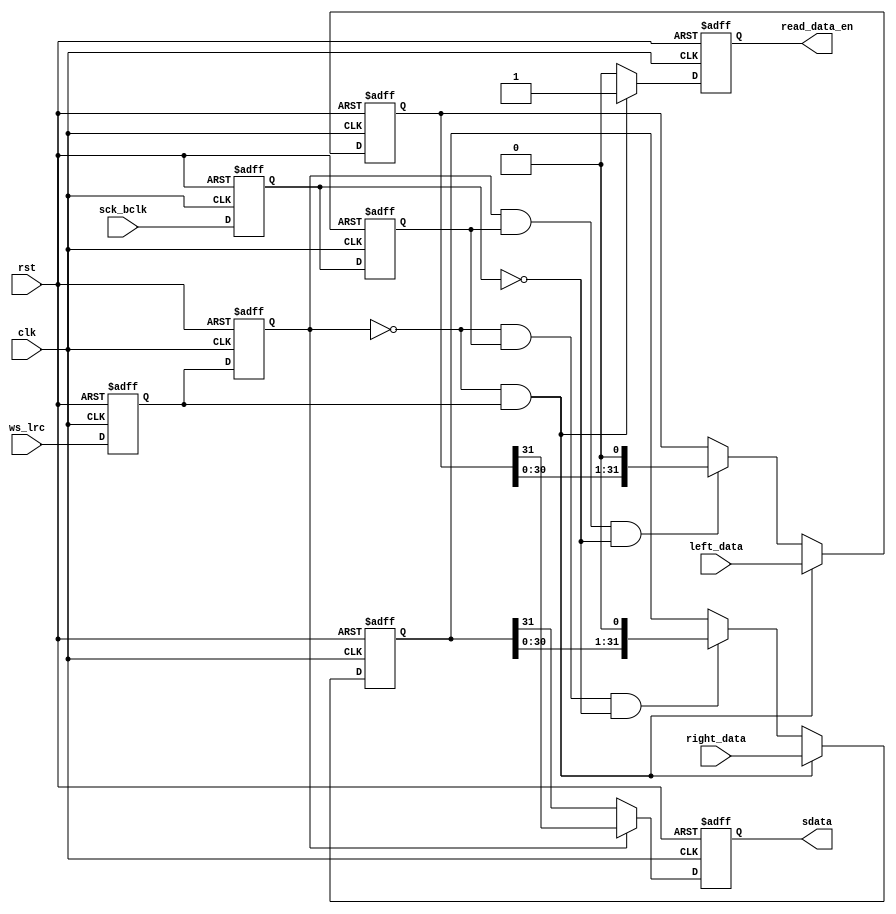
//////////////////////////////////////////////////////////////////////////////////
//                                                                              //
//                                                                              //
//          msq@qq.com                                                          //
//          ALINX(shanghai) Technology Co.,Ltd                                  //
//          heijin                                                              //
//     WEB: http://www.alinx.cn/                                                //
//     BBS: http://www.heijin.org/                                              //
//                                                                              //
//////////////////////////////////////////////////////////////////////////////////
//                                                                              //
// Copyright (c) 2017,ALINX(shanghai) Technology Co.,Ltd                        //
//                    All rights reserved                                       //
//                                                                              //
// This source file may be used and distributed without restriction provided    //
// that this copyright statement is not removed from the file and that any      //
// derivative work contains the original copyright notice and the associated    //
// disclaimer.                                                                  //
//                                                                              //
//////////////////////////////////////////////////////////////////////////////////

//================================================================================
//  Revision History:
//  Date          By            Revision    Change Description
//--------------------------------------------------------------------------------
//  2017/7/12     meisq          1.0         Original
//*******************************************************************************/
`timescale 1ns/1ps
module audio_tx
(
	input                            rst,                  
	input                            clk,  
	input                            sck_bclk,     //audio bit clock
	input                            ws_lrc,       //DAC sample rate left right clock
	output reg                       sdata,        //DAC audio data output 
	input[31:0]                      left_data,    //left channel audio data,ws_lrc = 1
	input[31:0]                      right_data,   //right channel audio data,ws_lrc = 0
	output reg                       read_data_en  //read data enable

);
reg                                  sck_bclk_d0; //delay sck_bclk
reg                                  sck_bclk_d1; //delay sck_bclk
reg                                  ws_lrc_d0;   //delay ws_lrc
reg                                  ws_lrc_d1;   //delay ws_lrc
reg[31:0]                            left_data_shift; //left channel audio data shift register
reg[31:0]                            right_data_shift;//right channel audio data shift register

always@(posedge clk or posedge rst)
begin
	if(rst == 1'b1)
	begin
		sck_bclk_d0 <= 1'b0;
		sck_bclk_d1 <= 1'b0;
		ws_lrc_d0 <= 1'b0;
		ws_lrc_d1 <= 1'b0;
	end
	else
	begin
		//delay 
		sck_bclk_d0 <= sck_bclk;
		sck_bclk_d1 <= sck_bclk_d0;
		ws_lrc_d0 <= ws_lrc;
		ws_lrc_d1 <= ws_lrc_d0;
	end
end

always@(posedge clk or posedge rst)
begin
	if(rst == 1'b1)
		left_data_shift <= 32'd0;
	else if(ws_lrc_d1 == 1'b0 && ws_lrc_d0 == 1'b1)//ws_lrc posedge 
		left_data_shift <= left_data;
	else if(ws_lrc_d1 == 1'b1 && sck_bclk_d1 == 1'b1 && sck_bclk_d0 == 1'b0)//ws_lrc = 1 ,sck_bclk negedge 
		left_data_shift <= {left_data_shift[30:0],1'b0};
end

always@(posedge clk or posedge rst)
begin
	if(rst == 1'b1)
		right_data_shift <= 32'd0;
	else if(ws_lrc_d1 == 1'b0 && ws_lrc_d0 == 1'b1) //ws_lrc posedge 
		right_data_shift <= right_data;
	else if(ws_lrc_d1 == 1'b0 && sck_bclk_d1 == 1'b1 && sck_bclk_d0 == 1'b0)//ws_lrc = 0 ,sck_bclk negedge
		right_data_shift <= {right_data_shift[30:0],1'b0};
end

always@(posedge clk or posedge rst)
begin
	if(rst == 1'b1)
		sdata <= 1'd0;
	else if(ws_lrc_d1 == 1'b1)
		sdata <= left_data_shift[31];
	else if(ws_lrc_d1 == 1'b0)
		sdata <= right_data_shift[31];
end


always@(posedge clk or posedge rst)
begin
	if(rst == 1'b1)
		read_data_en <= 1'b0;
	else if(ws_lrc_d1 == 1'b0 && ws_lrc_d0 == 1'b1)//ws_lrc posedge  read the next audio data
		read_data_en <= 1'b1;
	else
		read_data_en <= 1'b0;
end

endmodule